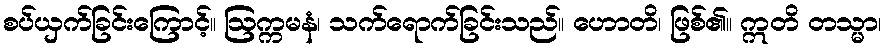
စပ်ယှက်ခြင်းကြောင့်။ ဩက္ကမနံ၊ သက်ရောက်ခြင်းသည်။ ဟောတိ၊ ဖြစ်၏။ ဣတိ တသ္မာ၊